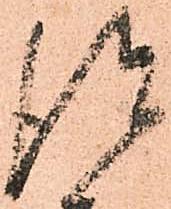
得